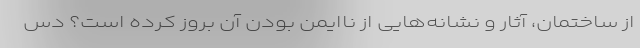
از ساختمان، آثار و نشانه‌هایی از ناایمن بودن آن بروز کرده است؟ دس